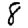
Digit: 8